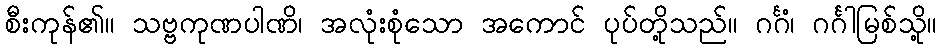
စီးကုန်၏။ သဗ္ဗကုဏပါဏိ၊ အလုံးစုံသော အကောင် ပုပ်တို့သည်။ ဂင်္ဂံ၊ ဂင်္ဂါမြစ်သို့။